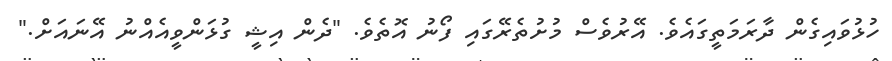
ހުޅުވައިގެން ދާރަމަތީގައެވެ. އޭރުވެސް މުށުތެރޭގައި ފޯނު އޮތެވެ. "ދެން އިޝީ ގުޅަންވީއެއްނު އޭނައަށް."